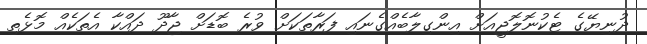
ދުނިޔޭގެ ޓެކުނޮލޮޖީއަށް އިންގިލާބެއްގެނައި ފަރާތަކަށް ވުރެ ބޮޑަށް ޖާދޫ ދައްކާ އެތަކެއް މޮޅެތި